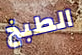
الطبخ